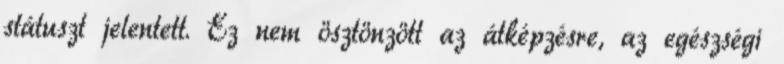
státuszt jelentett. Ez nem ösztönzött az átképzésre, az egészségi